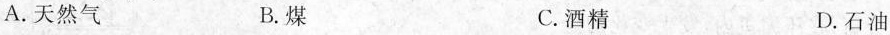
A.天然气 B.煤 C.酒精 D.石油